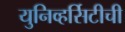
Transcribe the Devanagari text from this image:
युनिव्हर्सिटीची